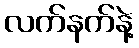
လက်နက်နဲ့